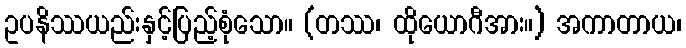
ဥပနိဿယည်းနှင့်ပြည့်စုံသော။ (တဿ၊ ထိုယောဂီအား။) အကာတာယ၊